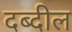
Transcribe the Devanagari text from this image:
दब्दील